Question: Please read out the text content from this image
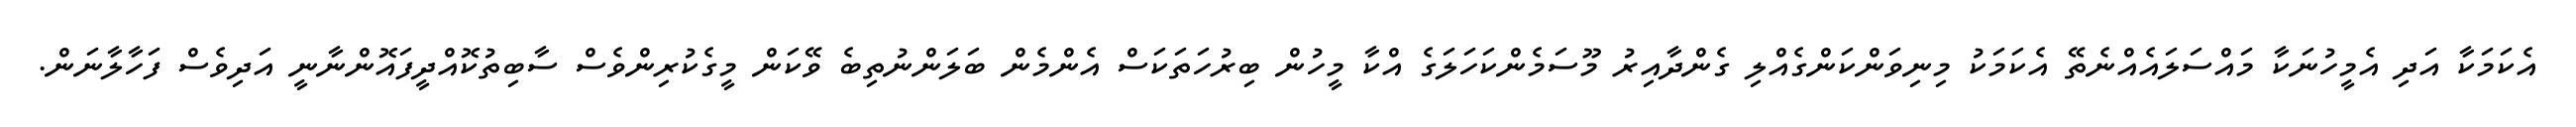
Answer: އެކަމަކާ އަދި އެމީހުނަކާ މައްސަލައެއްނެތޭ އެކަމަކު މިނިވަންކަންގެއްލި ގެންދާއިރު މޫސަމެންކަހަލަގެ އްކާ މީހުން ބިރުހަތަކަސް އެންމެން ބަލަންނުތިބެ ވޭކަން މީގެކުރިންވެސް ސާބިތުކޮއްދީފައޮންނާނީ އަދިވެސް ފަހާލާނަން.